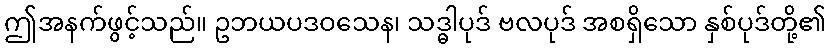
ဤအနက်ဖွင့်သည်။ ဥဘယပဒဝသေန၊ သဒ္ဓါပုဒ် ဗလပုဒ် အစရှိသော နှစ်ပုဒ်တို့၏